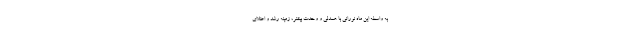
به واسطه این ماه نورانی با همدلی و وحدت بیشتر، زمینه رشد و اعتلای